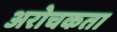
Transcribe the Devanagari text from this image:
अरोचकता